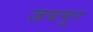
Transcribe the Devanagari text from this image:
जयमूर